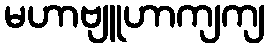
မဟာဗျူဟာကျကျ